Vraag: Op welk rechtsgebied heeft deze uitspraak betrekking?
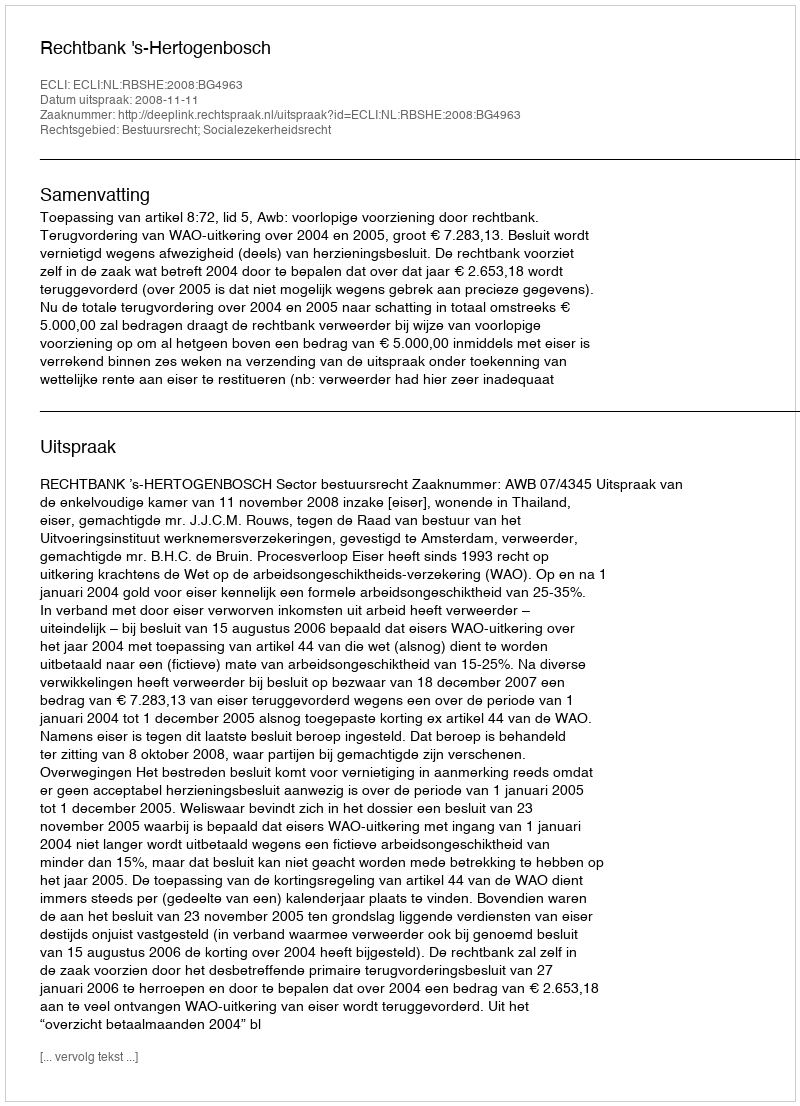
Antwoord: Bestuursrecht; Socialezekerheidsrecht